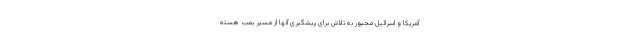
آمریکا و اسرائیل مجبور به تلاش برای پیشگیری آنها از مسیر بمب هسته